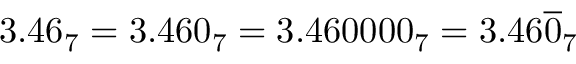
3 . 4 6 _ { 7 } = 3 . 4 6 0 _ { 7 } = 3 . 4 6 0 0 0 0 _ { 7 } = 3 . 4 6 { \overline { { 0 } } } _ { 7 }